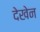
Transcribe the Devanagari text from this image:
देखेन